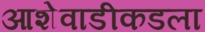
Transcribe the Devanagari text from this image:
आशेवाडीकडला